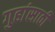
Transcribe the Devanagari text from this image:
गुहांसाठी